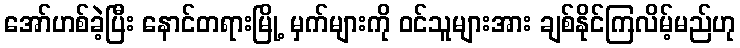
အော်ဟစ်ခဲ့ပြီး နောင်တရားမြို့ မှက်များကို ဝင်သူများအား ချစ်နိုင်ကြလိမ့်မည်ဟု